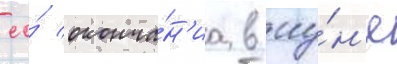
ео́ оконча́н'иа в иу́н'е